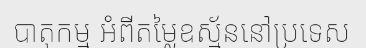
បាតុកម្ម អំពីតម្លៃឧស្ម័ននៅប្រទេស